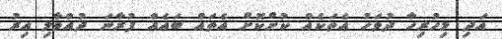
އަދި މިހުރިހާ ދުވަހު އެތަކެއް ކުށްކޮށް އެތައް ބައެއް ފުރާނަ ދުއްވާލި އިރު